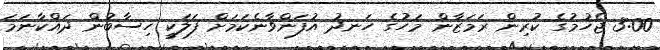
3:00 ޖެހުމުގެ ކުރިން ރަމަޒާން މަހުގެ ހަނދު އުފަންވާނެކަމަށް ފަލަކީ ހިސާބުން ދައްކާނަމަ